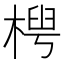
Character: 𬃤